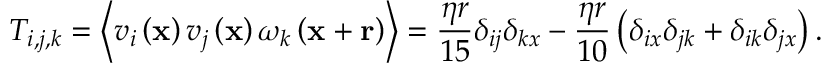
T _ { i , j , k } = \left\langle v _ { i } \left( \mathbf { x } \right) v _ { j } \left( \mathbf { x } \right) \omega _ { k } \left( \mathbf { x } + \mathbf { r } \right) \right\rangle = \frac { \eta r } { 1 5 } \delta _ { i j } \delta _ { k x } - \frac { \eta r } { 1 0 } \left( \delta _ { i x } \delta _ { j k } + \delta _ { i k } \delta _ { j x } \right) .